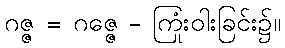
ဂဇ္ဇ = ဂဇ္ဇေ - ကြုံးဝါးခြင်း၌။